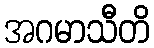
အဂမာသီတိ